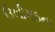
ઉખીમઠના